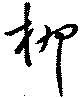
柳